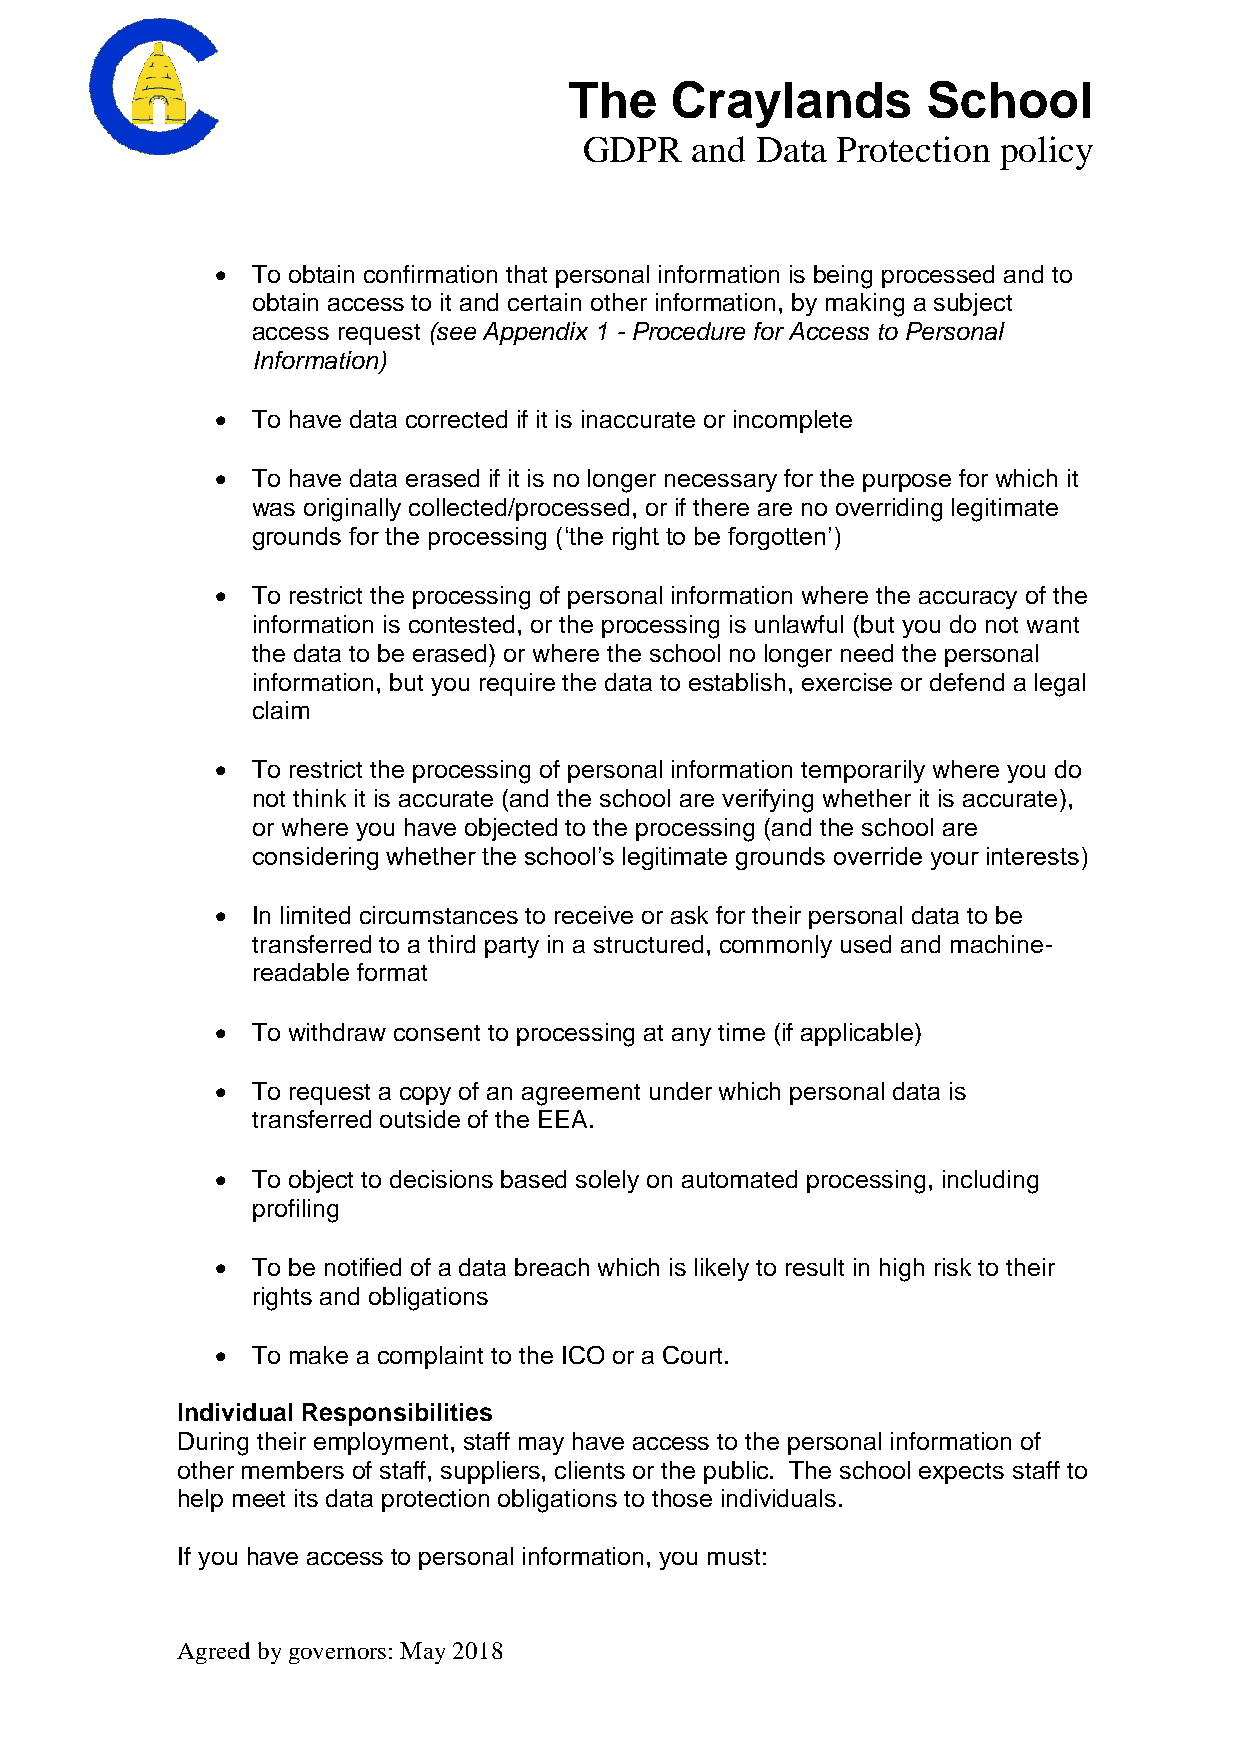
The   Craylands        School
 GDPR   and Data Protection policy
   To obtain confirmation that personal information is being processed and to
 obtain access to it and certain other information, by making a subject
 access request (see Appendix 1 - Procedure for Access to Personal
 Information)
   To have data corrected if it is inaccurate or incomplete
   To have data erased if it is no longer necessary for the purpose for which it
 was originally collected/processed, or if there are no overriding legitimate
 grounds for the processing (‘the right to be forgotten’)
   To restrict the processing of personal information where the accuracy of the
 information is contested, or the processing is unlawful (but you do not want
 the data to be erased) or where the school no longer need the personal
 information, but you require the data to establish, exercise or defend a legal
 claim
   To restrict the processing of personal information temporarily where you do
 not think it is accurate (and the school are verifying whether it is accurate),
 or where you have objected to the processing (and the school are
 considering whether the school’s legitimate grounds override your interests)
   In limited circumstances to receive or ask for their personal data to be
 transferred to a third party in a structured, commonly used and machine-
 readable format
   To withdraw consent to processing at any time (if applicable)
   To request a copy of an agreement under which personal data is
 transferred outside of the EEA.
   To object to decisions based solely on automated processing, including
 profiling
   To be notified of a data breach which is likely to result in high risk to their
 rights and obligations
   To make a complaint to the ICO or a Court.
 Individual Responsibilities
 During their employment, staff may have access to the personal information of
 other members of staff, suppliers, clients or the public. The school expects staff to
 help meet its data protection obligations to those individuals.
 If you have access to personal information, you must:
 Agreed by governors: May 2018